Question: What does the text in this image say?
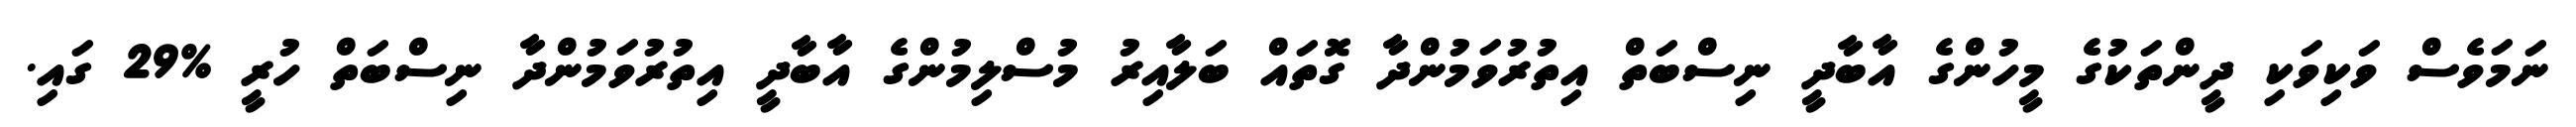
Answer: ނަމަވެސް ވަކިވަކި ދީންތަކުގެ މީހުންގެ އާބާދީ ނިސްބަތް އިތުރުވަމުންދާ ގޮތައް ބަލާއިރު މުސްލިމުންގެ އާބާދީ އިތުރުވަމުންދާ ނިސްބަތް ހުރީ %29 ގައި.